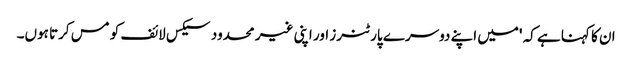
ان کا کہنا ہے کہ 'میں اپنے دوسرے پارٹنرز اور اپنی غیر محدود سیکس لائف کو مس کرتا ہوں۔